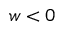
w < 0